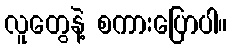
လူတွေနဲ့ စကားပြောပါ။